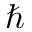
\hbar